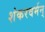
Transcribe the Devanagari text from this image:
शंकरवर्मन्